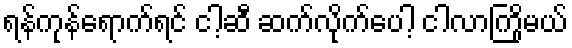
ရန်ကုန်ရောက်ရင် ငါ့ဆီ ဆက်လိုက်ပေါ့ ငါလာကြိုမယ်